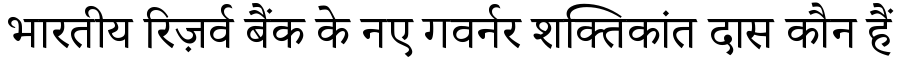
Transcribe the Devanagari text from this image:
भारतीय रिज़र्व बैंक के नए गवर्नर शक्तिकांत दास कौन हैं